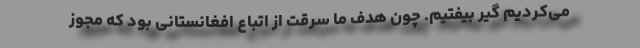
می‌کردیم گیر بیفتیم. چون هدف ما سرقت از اتباع افغانستانی بود که مجوز